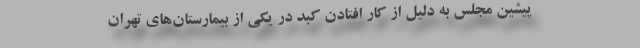
پیشین مجلس به دلیل از کار افتادن کبد در یکی از بیمارستان‌های تهران